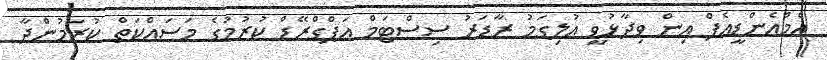
އެމްއެންޑީއެފް އިން ވިދާޅުވީ އުލިގަމު ރާޑަރު ސިސްޓަމް އަޕްގްރޭޑް ކުރުމުގެ މަސައްކަތް ކުރަމުންދާ